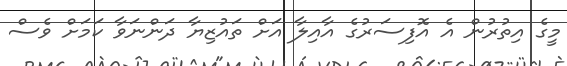
މީގެ އިތުރުން އެ އޮފިސަރުގެ އާއިލާ އަށް ތައުޒިޔާ ދަންނަވާ ކަމަށް ވެސް